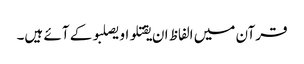
قرآن میں الفاظ ان یقتلو او یصلبو کے آئے ہیں۔